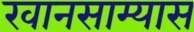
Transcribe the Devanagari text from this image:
खानसाम्यास